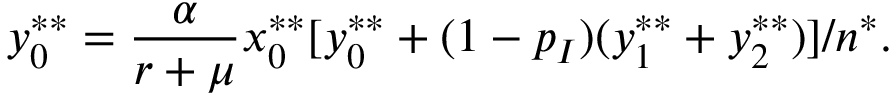
y _ { 0 } ^ { * * } = \frac { \alpha } { r + \mu } x _ { 0 } ^ { * * } [ y _ { 0 } ^ { * * } + ( 1 - p _ { I } ) ( y _ { 1 } ^ { * * } + y _ { 2 } ^ { * * } ) ] / n ^ { * } .